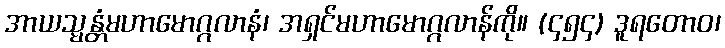
အာယသ္မန္တံမဟာမောဂ္ဂလာနံ၊ အရှင်မဟာမောဂ္ဂလာန်ကို။ (၄၅၄) ဒူရတောဝ၊